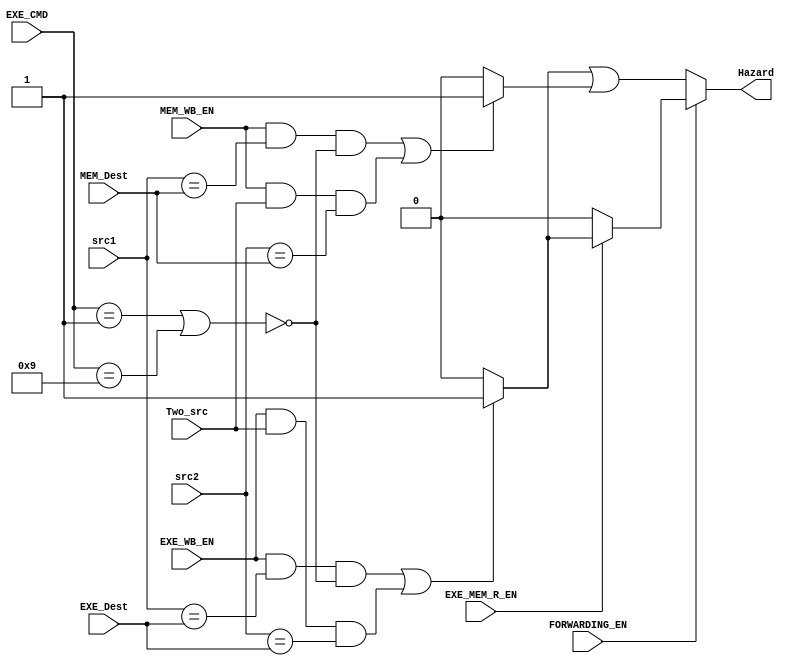
module Hazard_Detection_Unit(
    input [3:0] MEM_Dest, EXE_Dest, src1 /*Rn Address*/, src2 /*Rm or Rd Address(When Mem_W)*/,
    input MEM_WB_EN, EXE_WB_EN, Two_src,
    input [3:0] EXE_CMD,  // Bonus
    input FORWARDING_EN, EXE_MEM_R_EN, // FORWARDING
    
    output Hazard
);

  wire has_src1;
  assign has_src1 = ~((EXE_CMD == 4'b0001) || (EXE_CMD == 4'b1001));  // Not MOV, MVN, BRANCH

  assign EXE_Hazard = (
              (EXE_WB_EN && (src1 == EXE_Dest) && has_src1)
            | (EXE_WB_EN && Two_src && (src2 == EXE_Dest))
            ) ? 1'b1
            : 1'b0;
  
  assign MEM_Hazard = (
              (MEM_WB_EN && (src1 == MEM_Dest) && has_src1)
            | (MEM_WB_EN && Two_src && (src2 == MEM_Dest))
            ) ? 1'b1
            : 1'b0;
            
  assign Hazard = ~FORWARDING_EN ? (EXE_Hazard | MEM_Hazard) :
                  EXE_MEM_R_EN ? EXE_Hazard :
                  1'b0;

endmodule